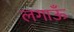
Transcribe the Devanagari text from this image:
लगाऊँ